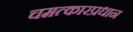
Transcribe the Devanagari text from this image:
चमत्कारप्रधान